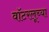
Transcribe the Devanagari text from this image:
वॉटरलूच्या